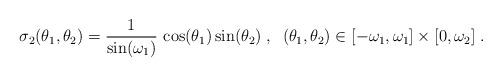
LaTeX: \begin{align*} \sigma_2(\theta_1,\theta_2)=\frac{1}{\sin(\omega_1)}\,\cos(\theta_1)\sin(\theta_2)\;,\;\;(\theta_1,\theta_2)\in [-\omega_1,\omega_1]\times [0,\omega_2]\;.\end{align*}